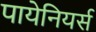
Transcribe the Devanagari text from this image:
पायेनियर्स